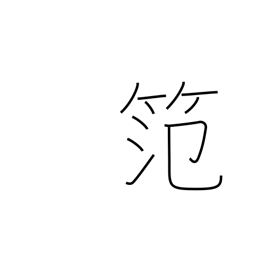
Meaning: bamboo frame